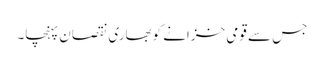
جس سے قومی خزانے کوبھاری نقصان پہنچا۔